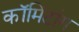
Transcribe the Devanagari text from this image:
कॉमिंटांग